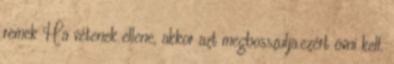
remek Ha vétenek ellene, akkor azt megbosszulja.ezért óvni kell.